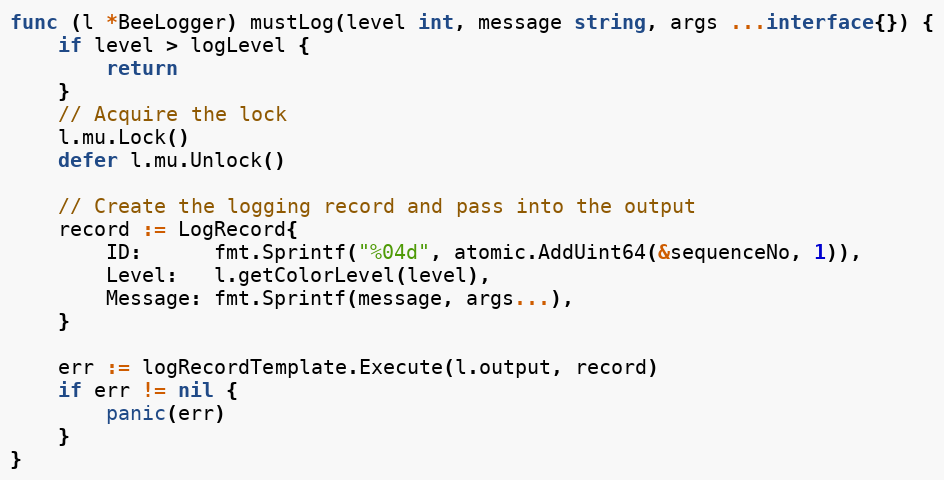
Language: Go
func (l *BeeLogger) mustLog(level int, message string, args ...interface{}) {
	if level > logLevel {
		return
	}
	// Acquire the lock
	l.mu.Lock()
	defer l.mu.Unlock()

	// Create the logging record and pass into the output
	record := LogRecord{
		ID:      fmt.Sprintf("%04d", atomic.AddUint64(&sequenceNo, 1)),
		Level:   l.getColorLevel(level),
		Message: fmt.Sprintf(message, args...),
	}

	err := logRecordTemplate.Execute(l.output, record)
	if err != nil {
		panic(err)
	}
}